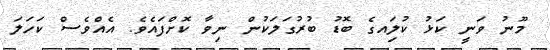
މޫނު ވަނީ ކަޅު ކުލަިއގެ ބޮޑު ބުރުގަލަކުން ނިވާ ކޮށްފައެވެ. އެއްވެސް ކަހަލަ